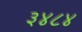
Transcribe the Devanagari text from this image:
३४८४